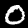
Label: 0